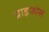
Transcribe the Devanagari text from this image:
ग्राइफोस